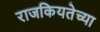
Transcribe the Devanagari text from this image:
राजकियतेच्या